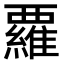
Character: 𮗈